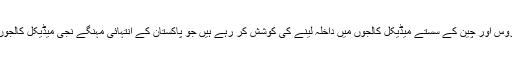
ان حالات میں بہت سے طالب علم روس اور چین کے سستے میڈیکل کالجوں میں داخلہ لینے کی کوشش کر رہے ہیں جو پاکستان کے انتہائی مہنگے نجی میڈیکل کالجوں سے انتہائی سستے واقع ہوتے ہیں۔